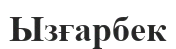
Ызғарбек